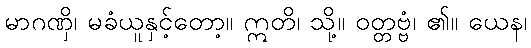
မာဂဏှိ၊ မခံယူနှင့်တော့။ ဣတိ၊ သို့။ ဝတ္တဗ္ဗံ၊ ၏။ ယေန၊